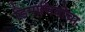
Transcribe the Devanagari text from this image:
डिमाजियोचा